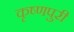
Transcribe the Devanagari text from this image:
कृष्णपुरी